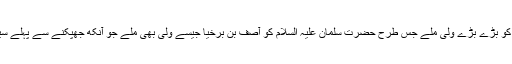
آدم علیہ السلام سے لیکر حضرت عیسیٰ علیہ السلام تک ہر نبی کو بڑے بڑے ولی ملے جس طرح حضرت سلمان علیہ السلام کو آصف بن برخیا جیسے ولی بھی ملے جو آنکھ جھپکنے سے پہلے سینکڑوں میلوں کی مسافت سے بلقیس کا تخت حاضر کرتے ہیں۔